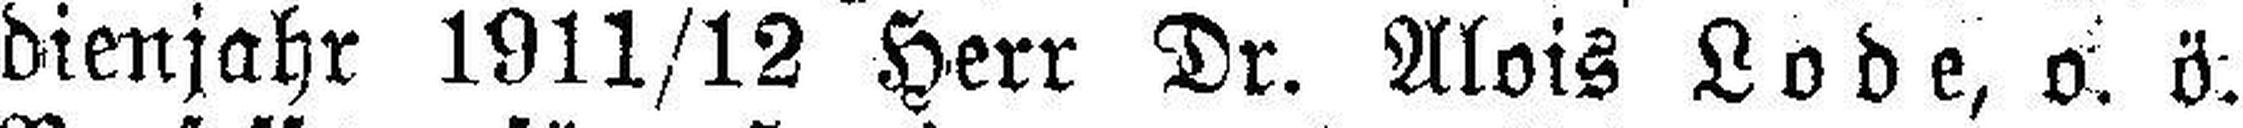
dienjahr 1911/12 Herr Dr. Alois Lode, o. ö.